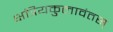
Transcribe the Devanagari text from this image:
क्षत्रियकुलावंतस्